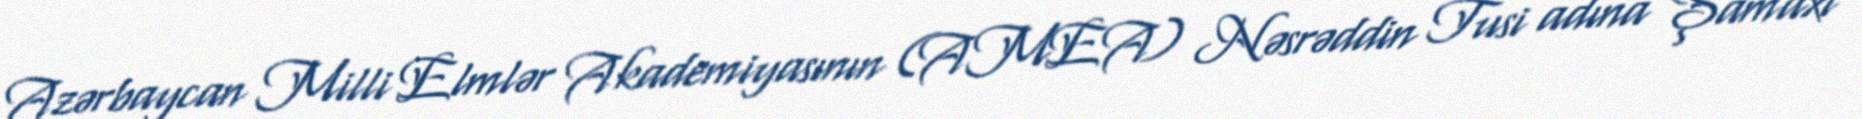
Azərbaycan Milli Elmlər Akademiyasının (AMEA) Nəsrəddin Tusi adına Şamaxı